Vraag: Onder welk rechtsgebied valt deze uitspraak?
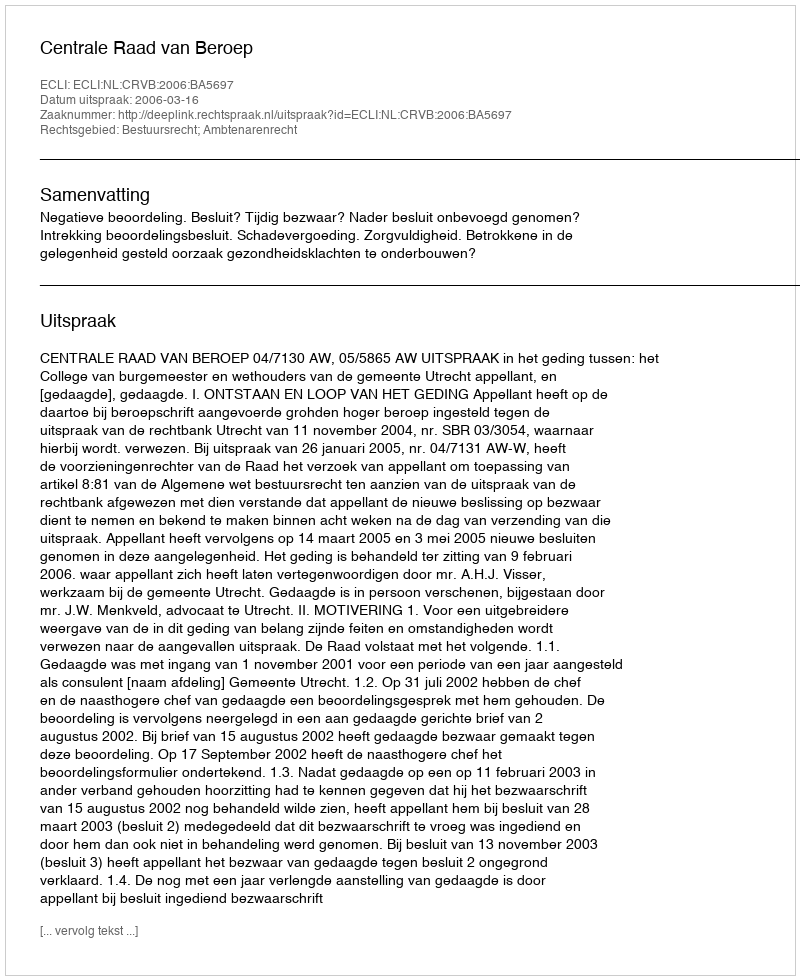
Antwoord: Bestuursrecht; Ambtenarenrecht